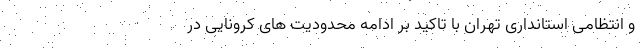
و انتظامی استانداری تهران با تاکید بر ادامه محدودیت های کرونایی در